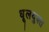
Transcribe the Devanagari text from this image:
धूलयुक्त